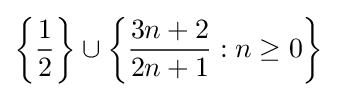
\left\{{\frac {1}{2}}\right\}\cup \left\{{\frac {3n+2}{2n+1}}:n\geq 0\right\}